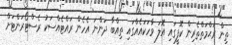
ތިން ރަޙްމަތްތެރިން ކޮފީގައި އޮލަ ވާހަކައެއްގައި ތިއްބާ ދަންނަ އެހެން ރައްޓެއްސަކު ރެސްޓޯރަންޓަށް